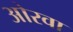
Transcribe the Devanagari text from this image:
ओरवा